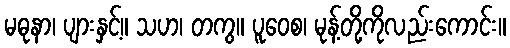
မဓုနာ၊ ပျားနှင့်။ သဟ၊ တကွ။ ပူဝေစ၊ မုန့်တို့ကိုလည်းကောင်း။